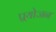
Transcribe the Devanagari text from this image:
प्र्रयोजन